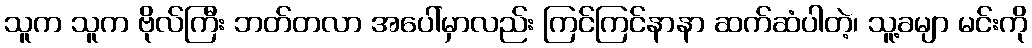
သူက သူက ဗိုလ်ကြီး ဘတ်တလာ အပေါ်မှာလည်း ကြင်ကြင်နာနာ ဆက်ဆံပါတဲ့၊ သူ့ခမျာ မင်းကို